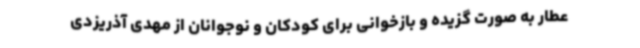
عطار به صورت گزیده و بازخوانی برای کودکان و نوجوانان از مهدی آذریزدی